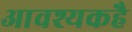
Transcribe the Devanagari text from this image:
आवश्यकहै